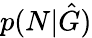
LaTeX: p(N|\hat{G})